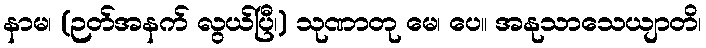
နာမ၊ (ဉတ်အနက် လွယ်ပြီ၊) သုဏာတု မေ၊ ပေ။ အနုသာသေယျာတိ၊